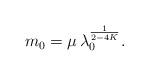
LaTeX: \begin{align*}m_{0}=\mu\, \lambda_{0}^{\frac{1}{2-4K}}.\end{align*}